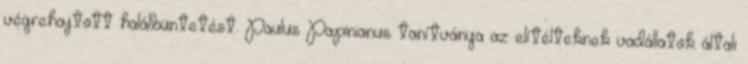
végrehajtott halálbüntetést. Paulus Papinianus tanítványa az elítélteknek vadállatok általi